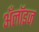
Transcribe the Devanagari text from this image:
अँलॉइज